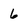
Character: 6